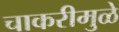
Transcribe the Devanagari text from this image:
चाकरीमुळे